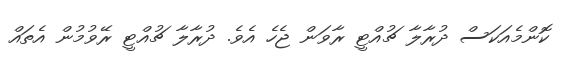
ކޮންމެއަކަސް ދުރާލާ ޗުއްޓީ ރާވަން ޖެހެ އެވެ. ދުރާލާ ޗުއްޓީ ރޭވުމުން އެތައް